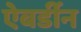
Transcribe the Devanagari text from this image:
ऐबर्डीन